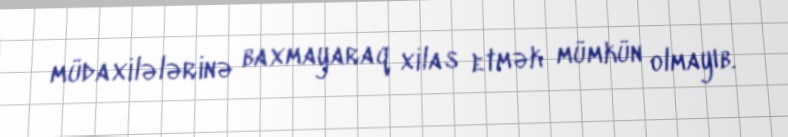
müdaxilələrinə baxmayaraq xilas etmək mümkün olmayıb.